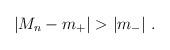
\begin{align*}\left|M_n-m_+\right| > \left|m_-\right|\,.\end{align*}